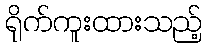
ရိုက်ကူးထားသည့်